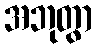
အဘုတွာ